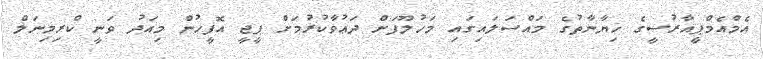
އެމްއެމްޕީއާރުސީގެ ޚިޔާނާތުގެ މައްސަލައިގައި މަހުލޫފަށް ދަޢުވާކުރުމަށް ޕީޖީ އޮފީހުން މިއަދު ވަނީ ކްރިމިނަލް